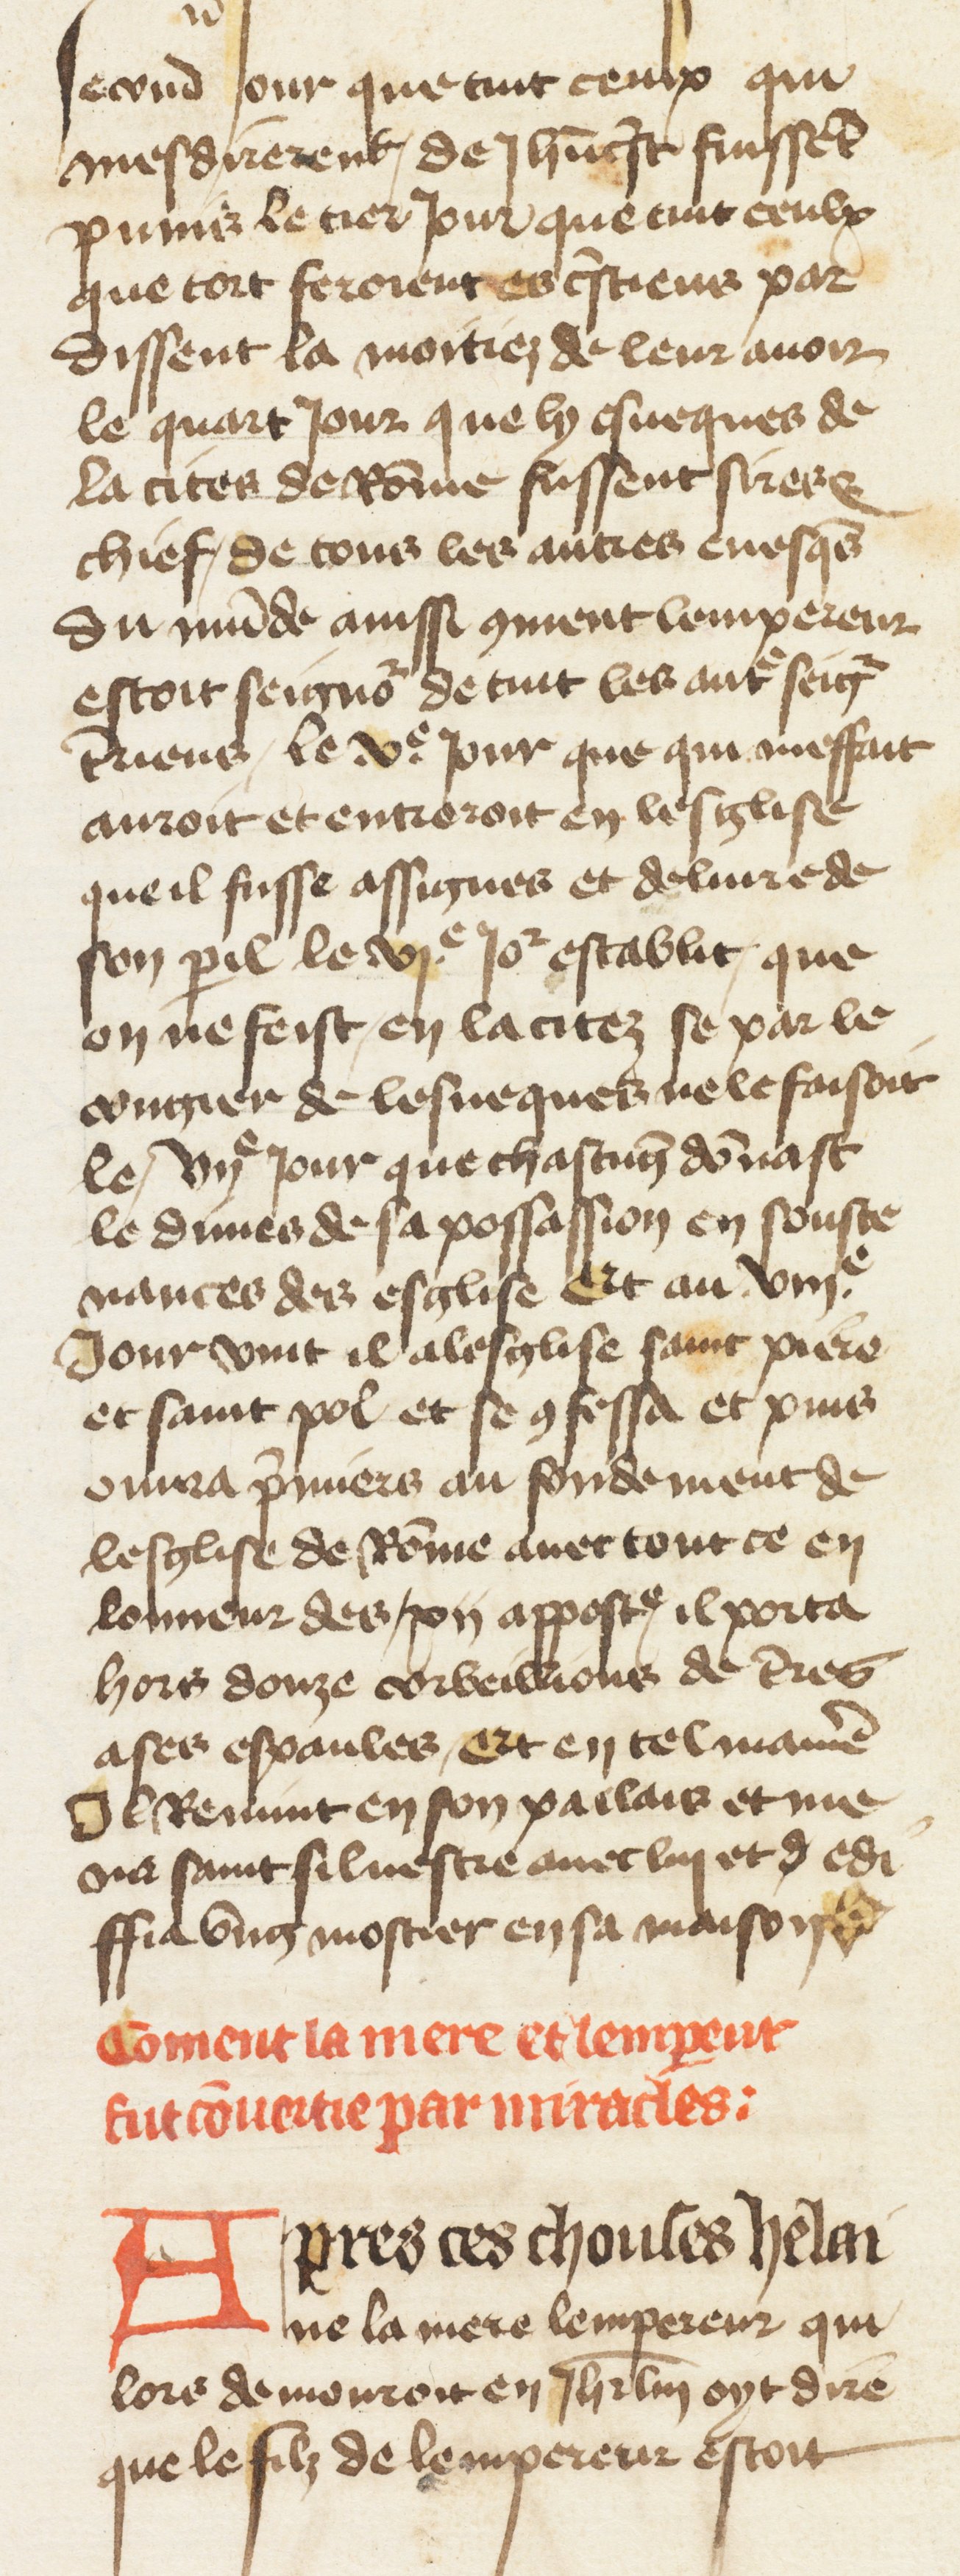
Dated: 1400–1499